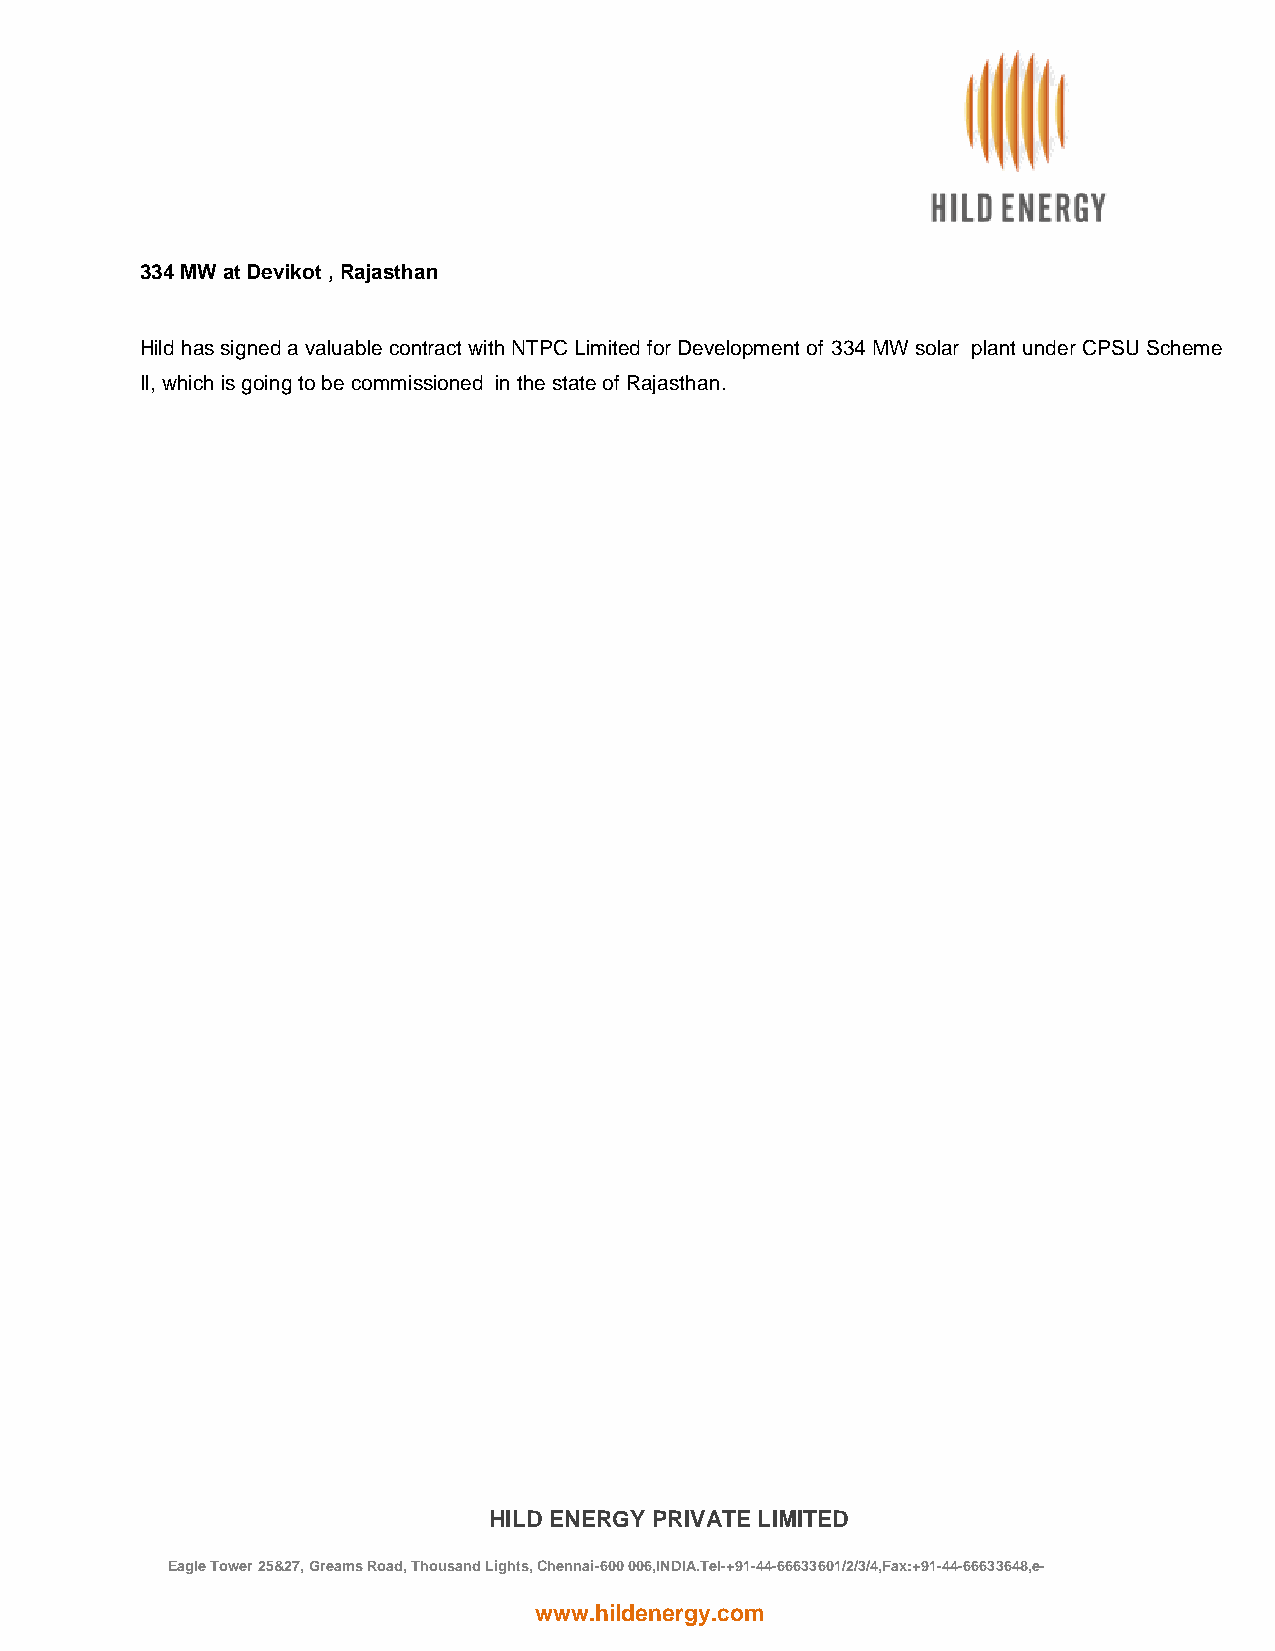
334 MW at Devikot , Rajasthan
 Hild has signed a valuable contract with NTPC Limited for Development of 334 MW solar plant under CPSU Scheme
 II, which is going to be commissioned in the state of Rajasthan.
 HILD ENERGY PRIVATE LIMITED
 Eagle Tower 25&27, Greams Road, Thousand Lights, Chennai-600 006,INDIA.Tel-+91-44-66633601/2/3/4,Fax:+91-44-66633648,e-
 mail:hild@hildenergy.com
 www.hildenergy.com